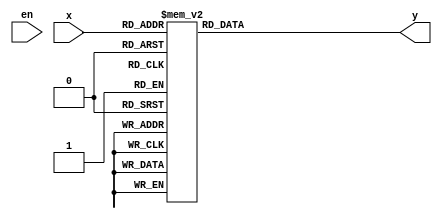
module dec4_16 (x,en,y);
input [0:3]x;
input en;
output reg [15:0]y;
always @(x,en)
case(x)
	4'b0000: y = 16'b1111111111111110;
	4'b0001: y = 16'b1111111111111101;
	4'b0010: y = 16'b1111111111111011;
	4'b0011: y = 16'b1111111111110111;
	4'b0100: y = 16'b1111111111101111;
	4'b0101: y = 16'b1111111111011111;
	4'b0110: y = 16'b1111111110111111;
	4'b0111: y = 16'b1111111101111111;
	4'b1000: y = 16'b1111111011111111;
	4'b1001: y = 16'b1111110111111111;
	4'b1010: y = 16'b1111101111111111;
	4'b1011: y = 16'b1111011111111111;
	4'b1100: y = 16'b1110111111111111;
	4'b1101: y = 16'b1101111111111111;
	4'b1110: y = 16'b1011111111111111;
	default: y = 16'b0111111111111111;
endcase
endmodule